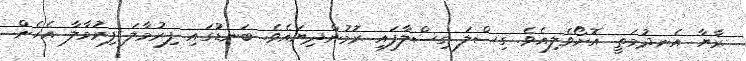
ރާޔާ އެނދުމަތީ އޮށޯވެލިއެވެ. ގިސްލަ ގިސްލާފައި ރޮމުންދިޔައެވެ. ބަނޑުގައި ފިރުމާލަ ފިރުމާލާ އެހެން